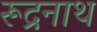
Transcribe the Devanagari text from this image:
रूद्रनाथ